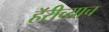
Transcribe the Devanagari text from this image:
हॅरीच्याच